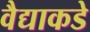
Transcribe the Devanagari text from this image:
वैद्याकडे